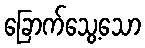
ခြောက်သွေ့သော